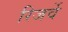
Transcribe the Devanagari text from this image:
रिजर्वे